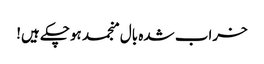
خراب شدہ بال منجمد ہوچکے ہیں!